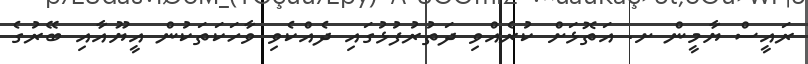
ރައީސް ޔާމީން ށ. އަތޮޅަށް ކުރެއްވި ދަތުރުފުޅުގައި ދެއްކެވި ވާހަަކަތަކުން އީޔޫއާއި ބޭރުގެ